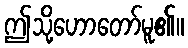
ဤသို့ဟောတော်မူ၏။